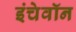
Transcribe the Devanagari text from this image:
इंचेवॉन